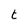
Character: t